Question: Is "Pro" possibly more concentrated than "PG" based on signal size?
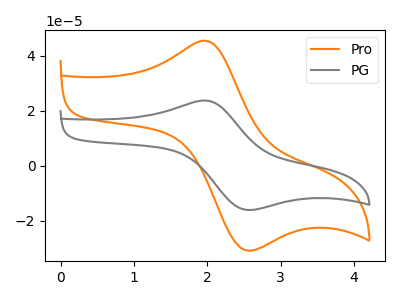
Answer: <think>The orange curve "Pro" has an anodic peak at (1.95V, 45.45uA) and a cathodic peak at (2.50V, -30.60uA). The gray curve "PG" has an anodic peak at (1.95V, 23.70uA) and a cathodic peak at (2.50V, -15.95uA).
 All the peaks in "Pro" have a peak in "PG" at the same potential. Every peak in "Pro" is higher than every peak in "PG".</think>
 <answer>"Pro" has more signal than "PG".</answer>
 <eval>more_signal</eval>